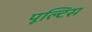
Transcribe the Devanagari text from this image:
पूल्टिस